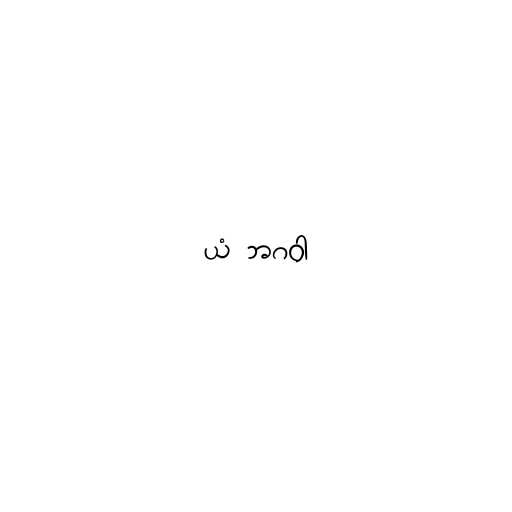
ယံ ဘဂဝါ